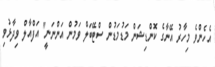
އެހެންވެ މިހާރު އޭނާގެ ކޮންޑިޝަން މަޑުމަޑުން ސްޓޭބަލް ވަމުން އަންނަނީ'' އަފްއާލް ވިދާޅުވި